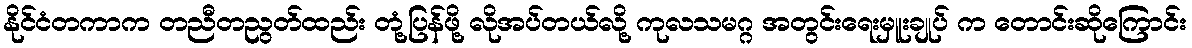
နိုင်ငံတကာက တညီတညွတ်ထည်း တုံ့ပြန်ဖို့ လိုအပ်တယ်လို့ ကုလသမဂ္ဂ အတွင်းရေးမှူးချုပ် က တောင်းဆိုကြောင်း